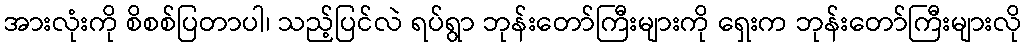
အားလုံးကို စိစစ်ပြတာပါ၊ သည့်ပြင်လဲ ရပ်ရွာ ဘုန်းတော်ကြီးများကို ရှေးက ဘုန်းတော်ကြီးများလို